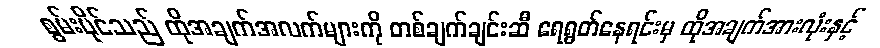
စွမ်းပိုင်သည် ထိုအချက်အလက်များကို တစ်ချက်ချင်းဆီ ရေရွတ်နေရင်းမှ ထိုအချက်အားလုံးနှင့်